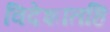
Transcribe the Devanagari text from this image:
विदेशांतहि